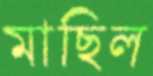
মাছিল